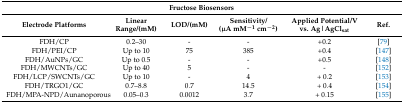
<table><thead><tr><td colspan="6"><b>Fructose Biosensors</b></td></tr><tr><td><b>Electrode Platforms</b></td><td><b>Linear Range/(mM)</b></td><td><b>LOD/(mM)</b></td><td><b>Sensitivity/(μA mM<sup>−1</sup> cm<sup>−2</sup>)</b></td><td><b>Applied Potential/V vs. Ag|AgCl<sub>sat</sub></b></td><td><b>Ref.</b></td></tr></thead><tbody><tr><td>FDH/CP</td><td>0.2–30</td><td>-</td><td>-</td><td>+0.2</td><td>[79]</td></tr><tr><td>FDH/PEI/CP</td><td>Up to 10 </td><td>75</td><td>385</td><td>+0.4</td><td>[147]</td></tr><tr><td>FDH/AuNPs/GC</td><td>Up to 0.5</td><td>-</td><td>-</td><td>+0.5</td><td>[148]</td></tr><tr><td>FDH/MWCNTs/GC</td><td>Up to 40</td><td>5</td><td>-</td><td>-</td><td>[152]</td></tr><tr><td>FDH/LCP/SWCNTs/GC</td><td>Up to 10</td><td>-</td><td>4</td><td>+ 0.2</td><td>[153]</td></tr><tr><td>FDH/TRGO1/GC</td><td>0.7–8.8</td><td>0.7</td><td>14.5</td><td>+ 0.4</td><td>[154]</td></tr><tr><td>FDH/MPA-NPD/Aunanoporous</td><td>0.05–0.3</td><td>0.0012</td><td>3.7</td><td>+ 0.15</td><td>[155]</td></tr></tbody></table>